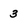
Character: 3